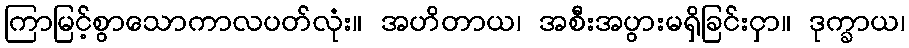
ကြာမြင့်စွာသောကာလပတ်လုံး။ အဟိတာယ၊ အစီးအပွားမရှိခြင်းငှာ။ ဒုက္ခာယ၊